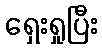
ရှေးရှုပြီး